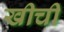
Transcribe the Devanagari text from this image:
खीचीं